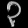
Digit: ၃